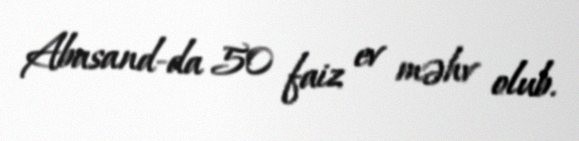
Abasand-da 50 faiz ev məhv olub.